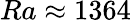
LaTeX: {Ra\approx 1364}